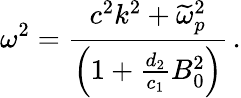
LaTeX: \omega^{2}=\frac{c^{2}k^{2}+\widetilde{\omega}_{p}^{2}}{\left(1+\frac{d_{2}}{c_{1}}B_{0}^{2}\right)}\, .